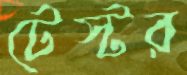
টেস্টর